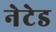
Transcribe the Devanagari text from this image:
नेटेड